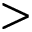
>